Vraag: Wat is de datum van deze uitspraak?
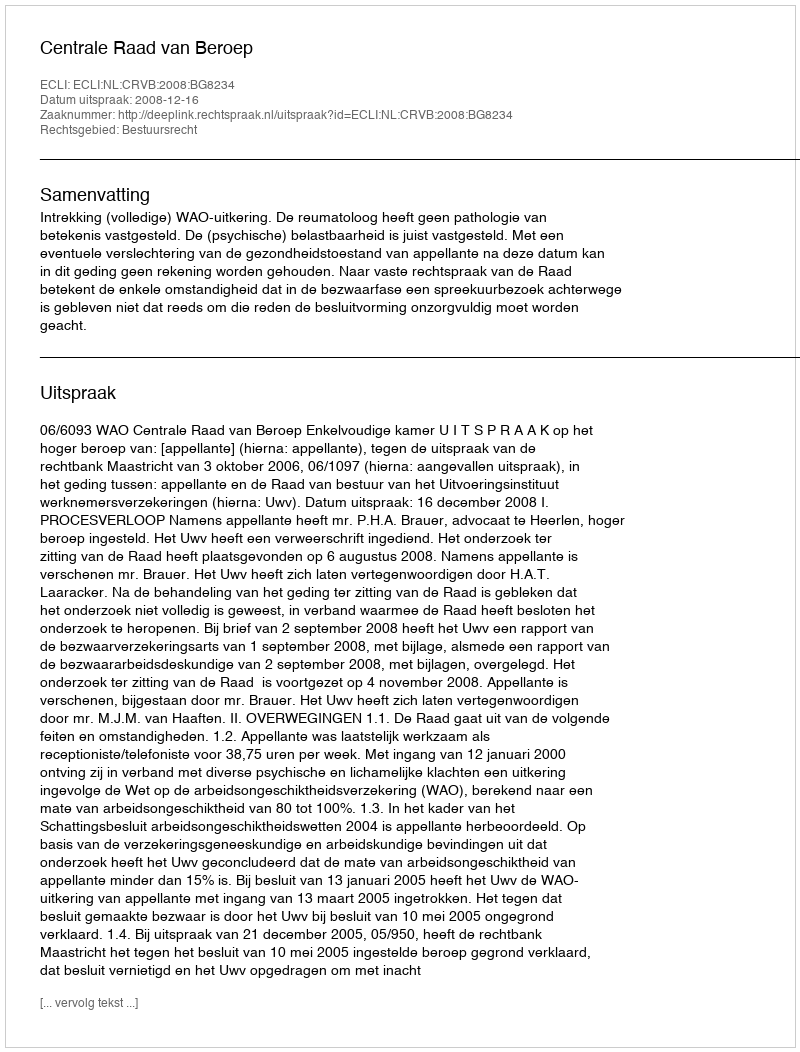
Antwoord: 2008-12-16